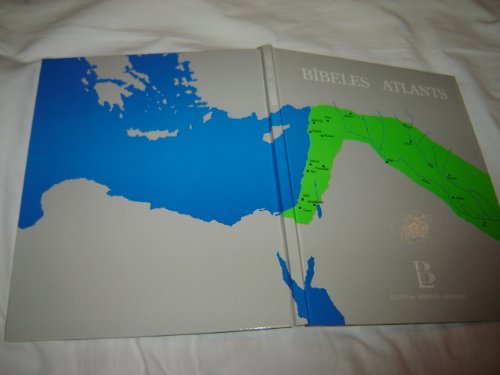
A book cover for Bible Atlas in Latvian Language / Bibeles Atlants / Bible Maps; Bible Society; Travel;